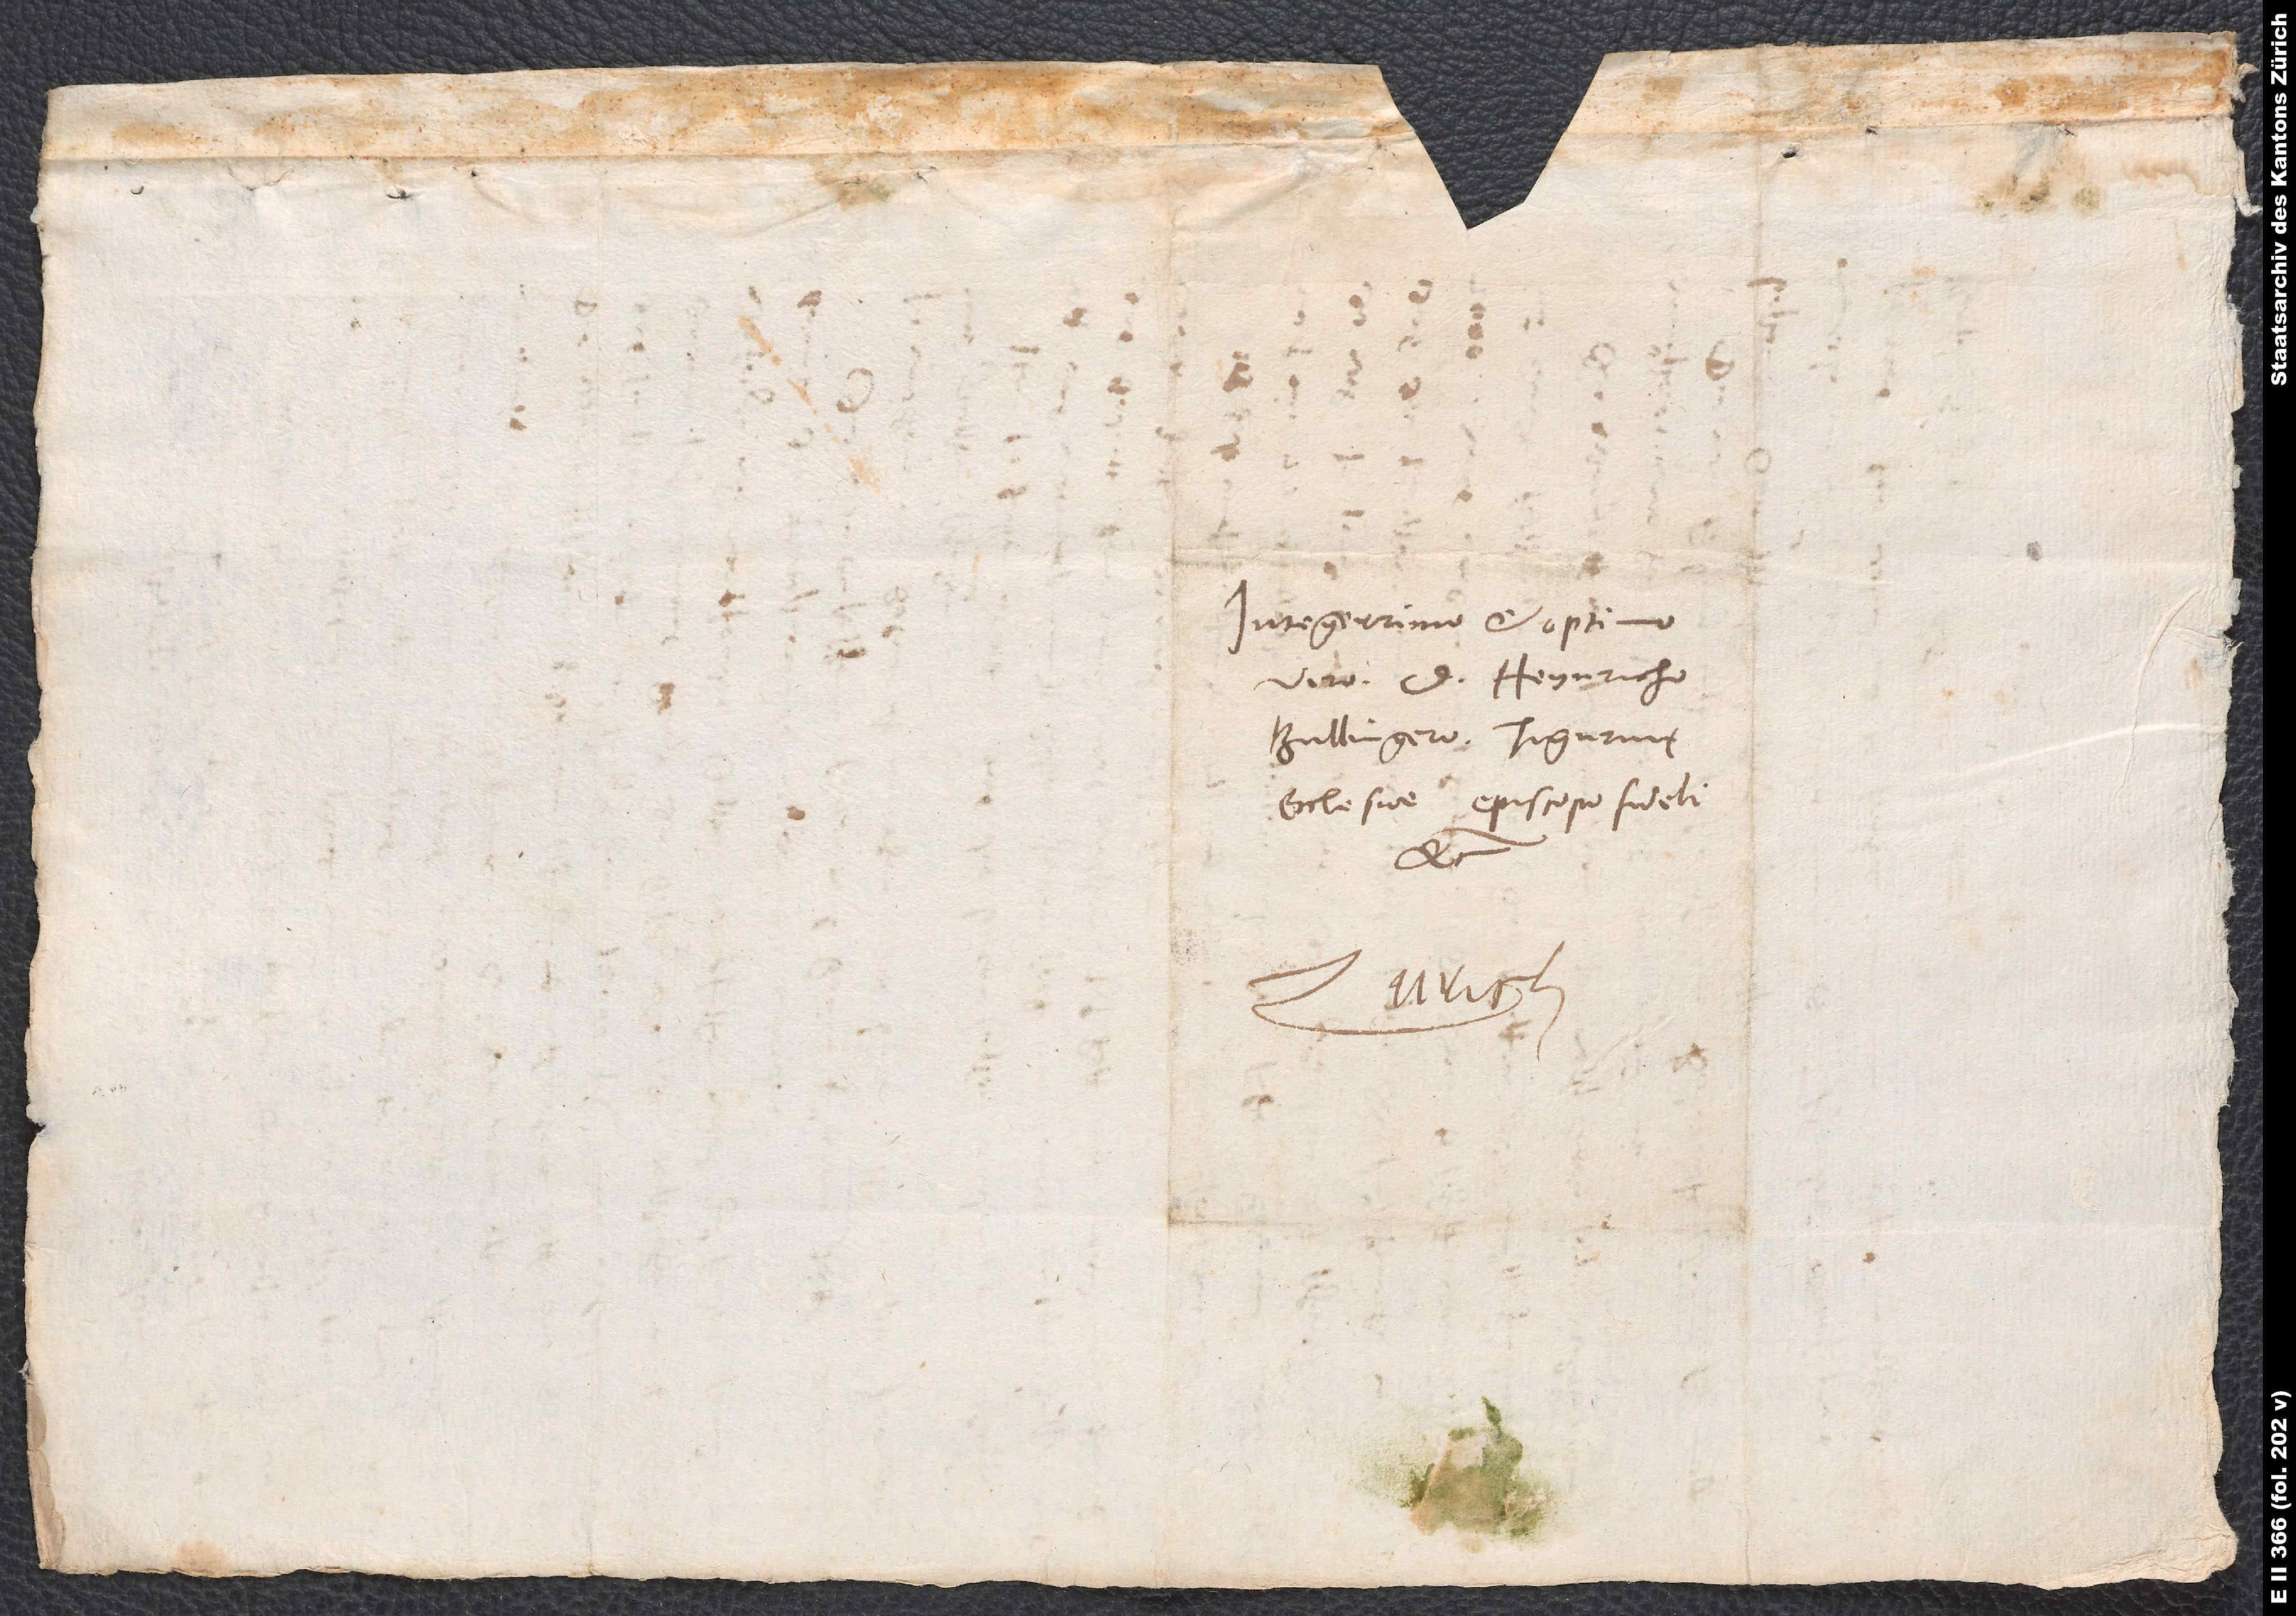
Integerrimo et optimo
viro d. Heynricho
Bullingero, Tigurinę
ecclesiae episcopo fideli,
Zurich.